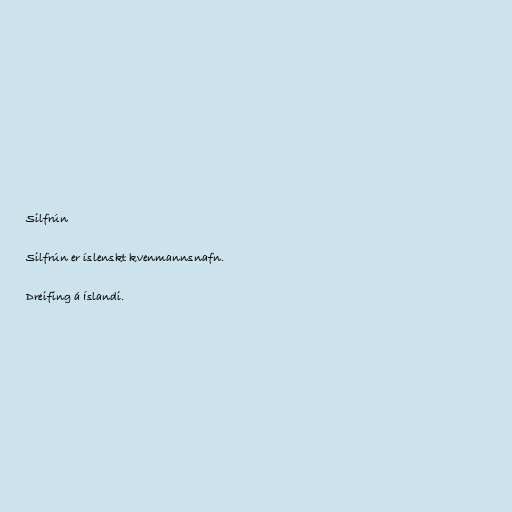
Silfrún

Silfrún er íslenskt kvenmannsnafn.

Dreifing á Íslandi.